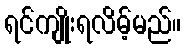
ရင်ကျိုးရလိမ့်မည်။